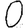
Digit: 0